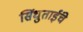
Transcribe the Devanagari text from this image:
सिंधुताईंचे